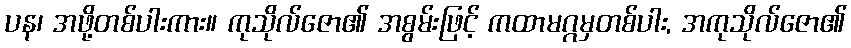
ပန၊ အဖို့တစ်ပါးကား။ ကုသိုလ်ဇော၏ အစွမ်းဖြင့် ကထာမဂ္ဂမှတစ်ပါး, အကုသိုလ်ဇော၏